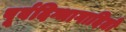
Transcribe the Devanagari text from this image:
पूर्वदिग्भागादितो